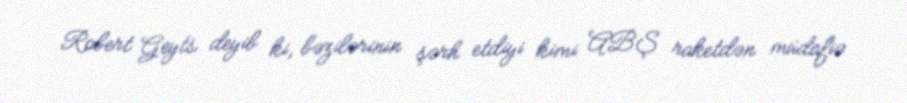
Robert Geyts deyib ki, bəzilərinin şərh etdiyi kimi ABŞ raketdən müdafiə